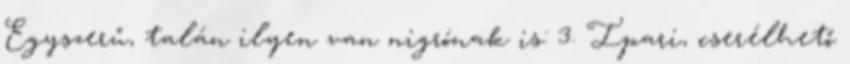
Egyszerű, talán ilyen van nigrónak is: 3. Ipari, cserélhető